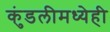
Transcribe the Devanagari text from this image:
कुंडलीमध्येही